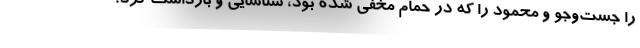
را جست‌وجو و محمود را که در حمام مخفی شده بود، شناسایی و بازداشت کرد.